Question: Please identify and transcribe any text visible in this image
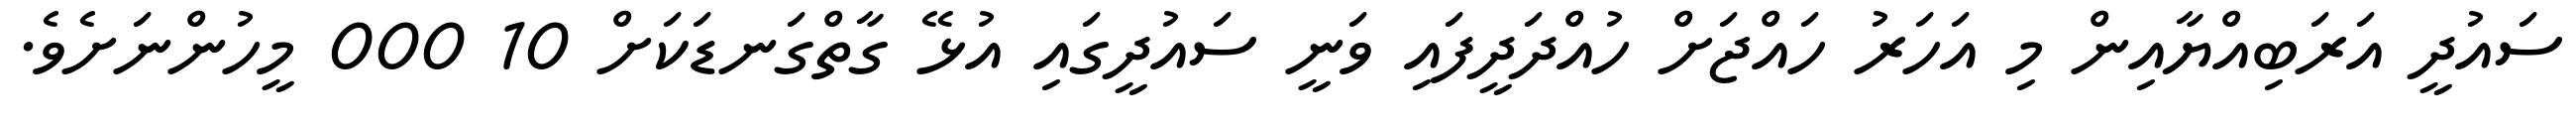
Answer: ސައުދީ އަރަބިއްޔާއިން މި އަހަރު ހައްޖަށް ހުއްދަދީފައި ވަނީ ސައުދީގައި އުޅޭ ގާތްގަނޑަކަށް 10 000 މީހުންނަށެވެ.